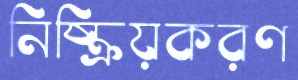
নিষ্ক্রিয়করণ